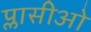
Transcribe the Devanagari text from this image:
प्लासीओ